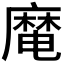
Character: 𪎜